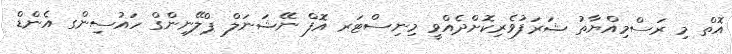
އޮތް މި ރަސްމިއްޔާތު ޝަރަފުވެރިކޮށްދެއްވީ މިނިސްޓަރ އޮފް ނޭޝަނަލް ޕްލޭނިންގް ހައުސިންގ އެންޑް